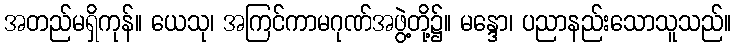
အတည်မရှိကုန်။ ယေသု၊ အကြင်ကာမဂုဏ်အဖွဲ့တို့၌။ မန္ဒော၊ ပညာနည်းသောသူသည်။